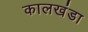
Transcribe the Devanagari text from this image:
कालखंडा